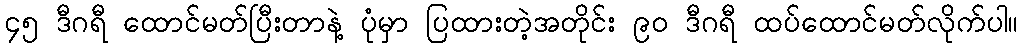
၄၅ ဒီဂရီ ထောင်မတ်ပြီးတာနဲ့ ပုံမှာ ပြထားတဲ့အတိုင်း ၉၀ ဒီဂရီ ထပ်ထောင်မတ်လိုက်ပါ။